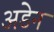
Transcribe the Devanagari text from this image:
अडेन